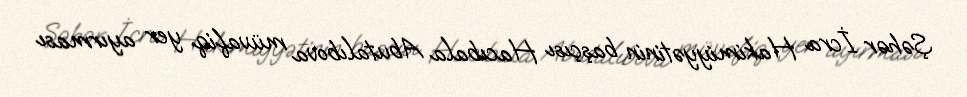
Şəhər İcra Hakimiyyətinin başçısı Hacıbala Abutalıbova müvafiq yer ayırması